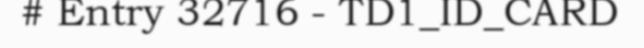
# Entry 32716 - TD1_ID_CARD